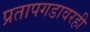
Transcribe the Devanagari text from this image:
प्रतापगडावरही